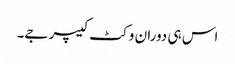
اس ہی دوران وکٹ کیپر جے۔